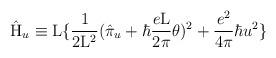
LaTeX: \begin{align*}\hat{\rm H}_u \equiv {\rm L} \{ \frac{1}{2{\rm L}^2}(\hat{\pi}_u + \hbar \frac{e\rm L}{2\pi} \theta)^2 +\frac{e^2}{4\pi} \hbar u^2 \}\end{align*}